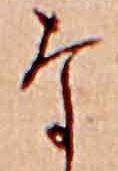
な